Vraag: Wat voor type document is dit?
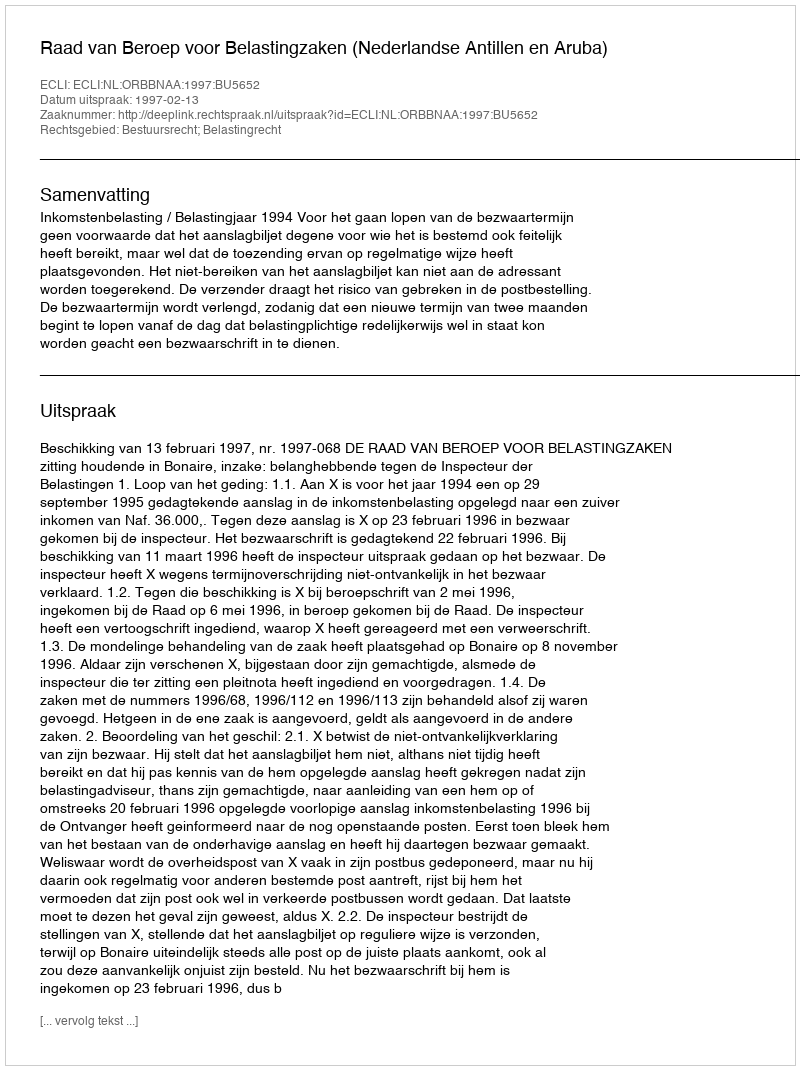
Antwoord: Uitspraak